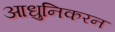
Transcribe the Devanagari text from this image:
आधुनिकरन